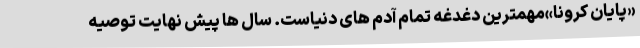
«پایان کرونا»مهمترین دغدغه تمام آدم های دنیاست. سال ها پیش نهایت توصیه